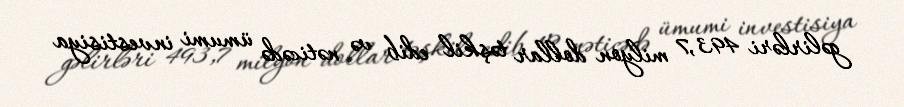
gəlirləri 493,7 milyon dollar təşkil edib və nəticədə ümumi investisiya